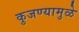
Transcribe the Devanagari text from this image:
कुजण्यामुळे